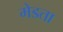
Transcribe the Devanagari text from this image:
मेडता